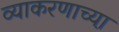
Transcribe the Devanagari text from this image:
व्याकरणाच्या़